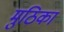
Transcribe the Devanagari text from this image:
मुठिका